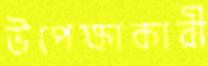
উপেক্ষাকারী